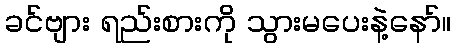
ခင်ဗျား ရည်းစားကို သွားမပေးနဲ့နော်။